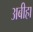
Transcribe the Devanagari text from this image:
अबीहा